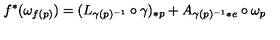
f ^ { * } ( \omega _ { f ( p ) } ) = ( L _ { \gamma ( p ) ^ { - 1 } } \circ \gamma ) _ { * p } + A _ { \gamma ( p ) ^ { - 1 } * e } \circ \omega _ { p }